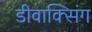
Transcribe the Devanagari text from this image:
डीवाक्सिंग